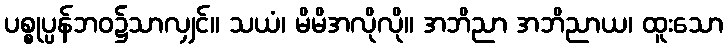
ပစ္စုပ္ပန်ဘဝ၌သာလျှင်။ သယံ၊ မိမိအလိုလို။ အဘိညာ အဘိညာယ၊ ထူးသော